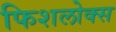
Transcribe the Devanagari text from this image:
फिशलोक्स